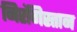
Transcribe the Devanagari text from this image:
निरंगिस्तान